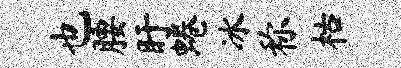
也腰盱蜷冰称枯